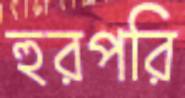
হুরপরি